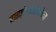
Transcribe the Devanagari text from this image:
हाइड्रोमोरफोन